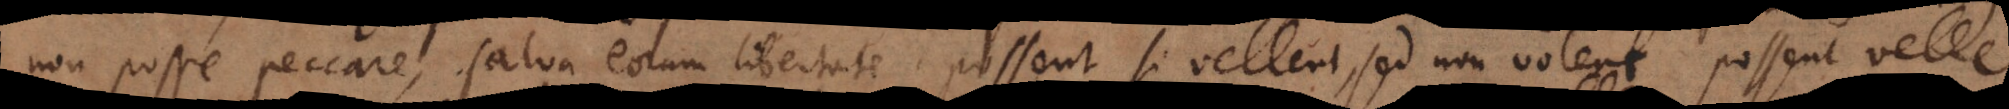
non posse peccare, salva eorum libertate, possent si vellent, sed non volent, possent velle